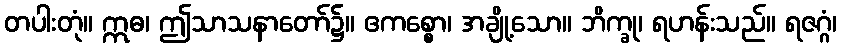
တပါးတုံ။ ဣဓ၊ ဤသာသနာတော်၌။ ဧကစ္စော၊ အချို့သော။ ဘိက္ခု၊ ရဟန်းသည်။ ရဇဂ္ဂံ၊